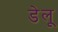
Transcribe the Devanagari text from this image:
डेलू